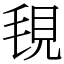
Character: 覒